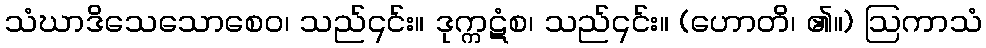
သံဃာဒိသေသောစေဝ၊ သည်၎င်း။ ဒုက္ကဋံစ၊ သည်၎င်း။ (ဟောတိ၊ ၏။) ဩကာသံ